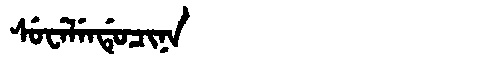
Manchu: ᠰᡠᠸᡝᠯᡝᠨᡩᡠᠴᡳᠨᠠ
Romanization: SUWELENDUCINA